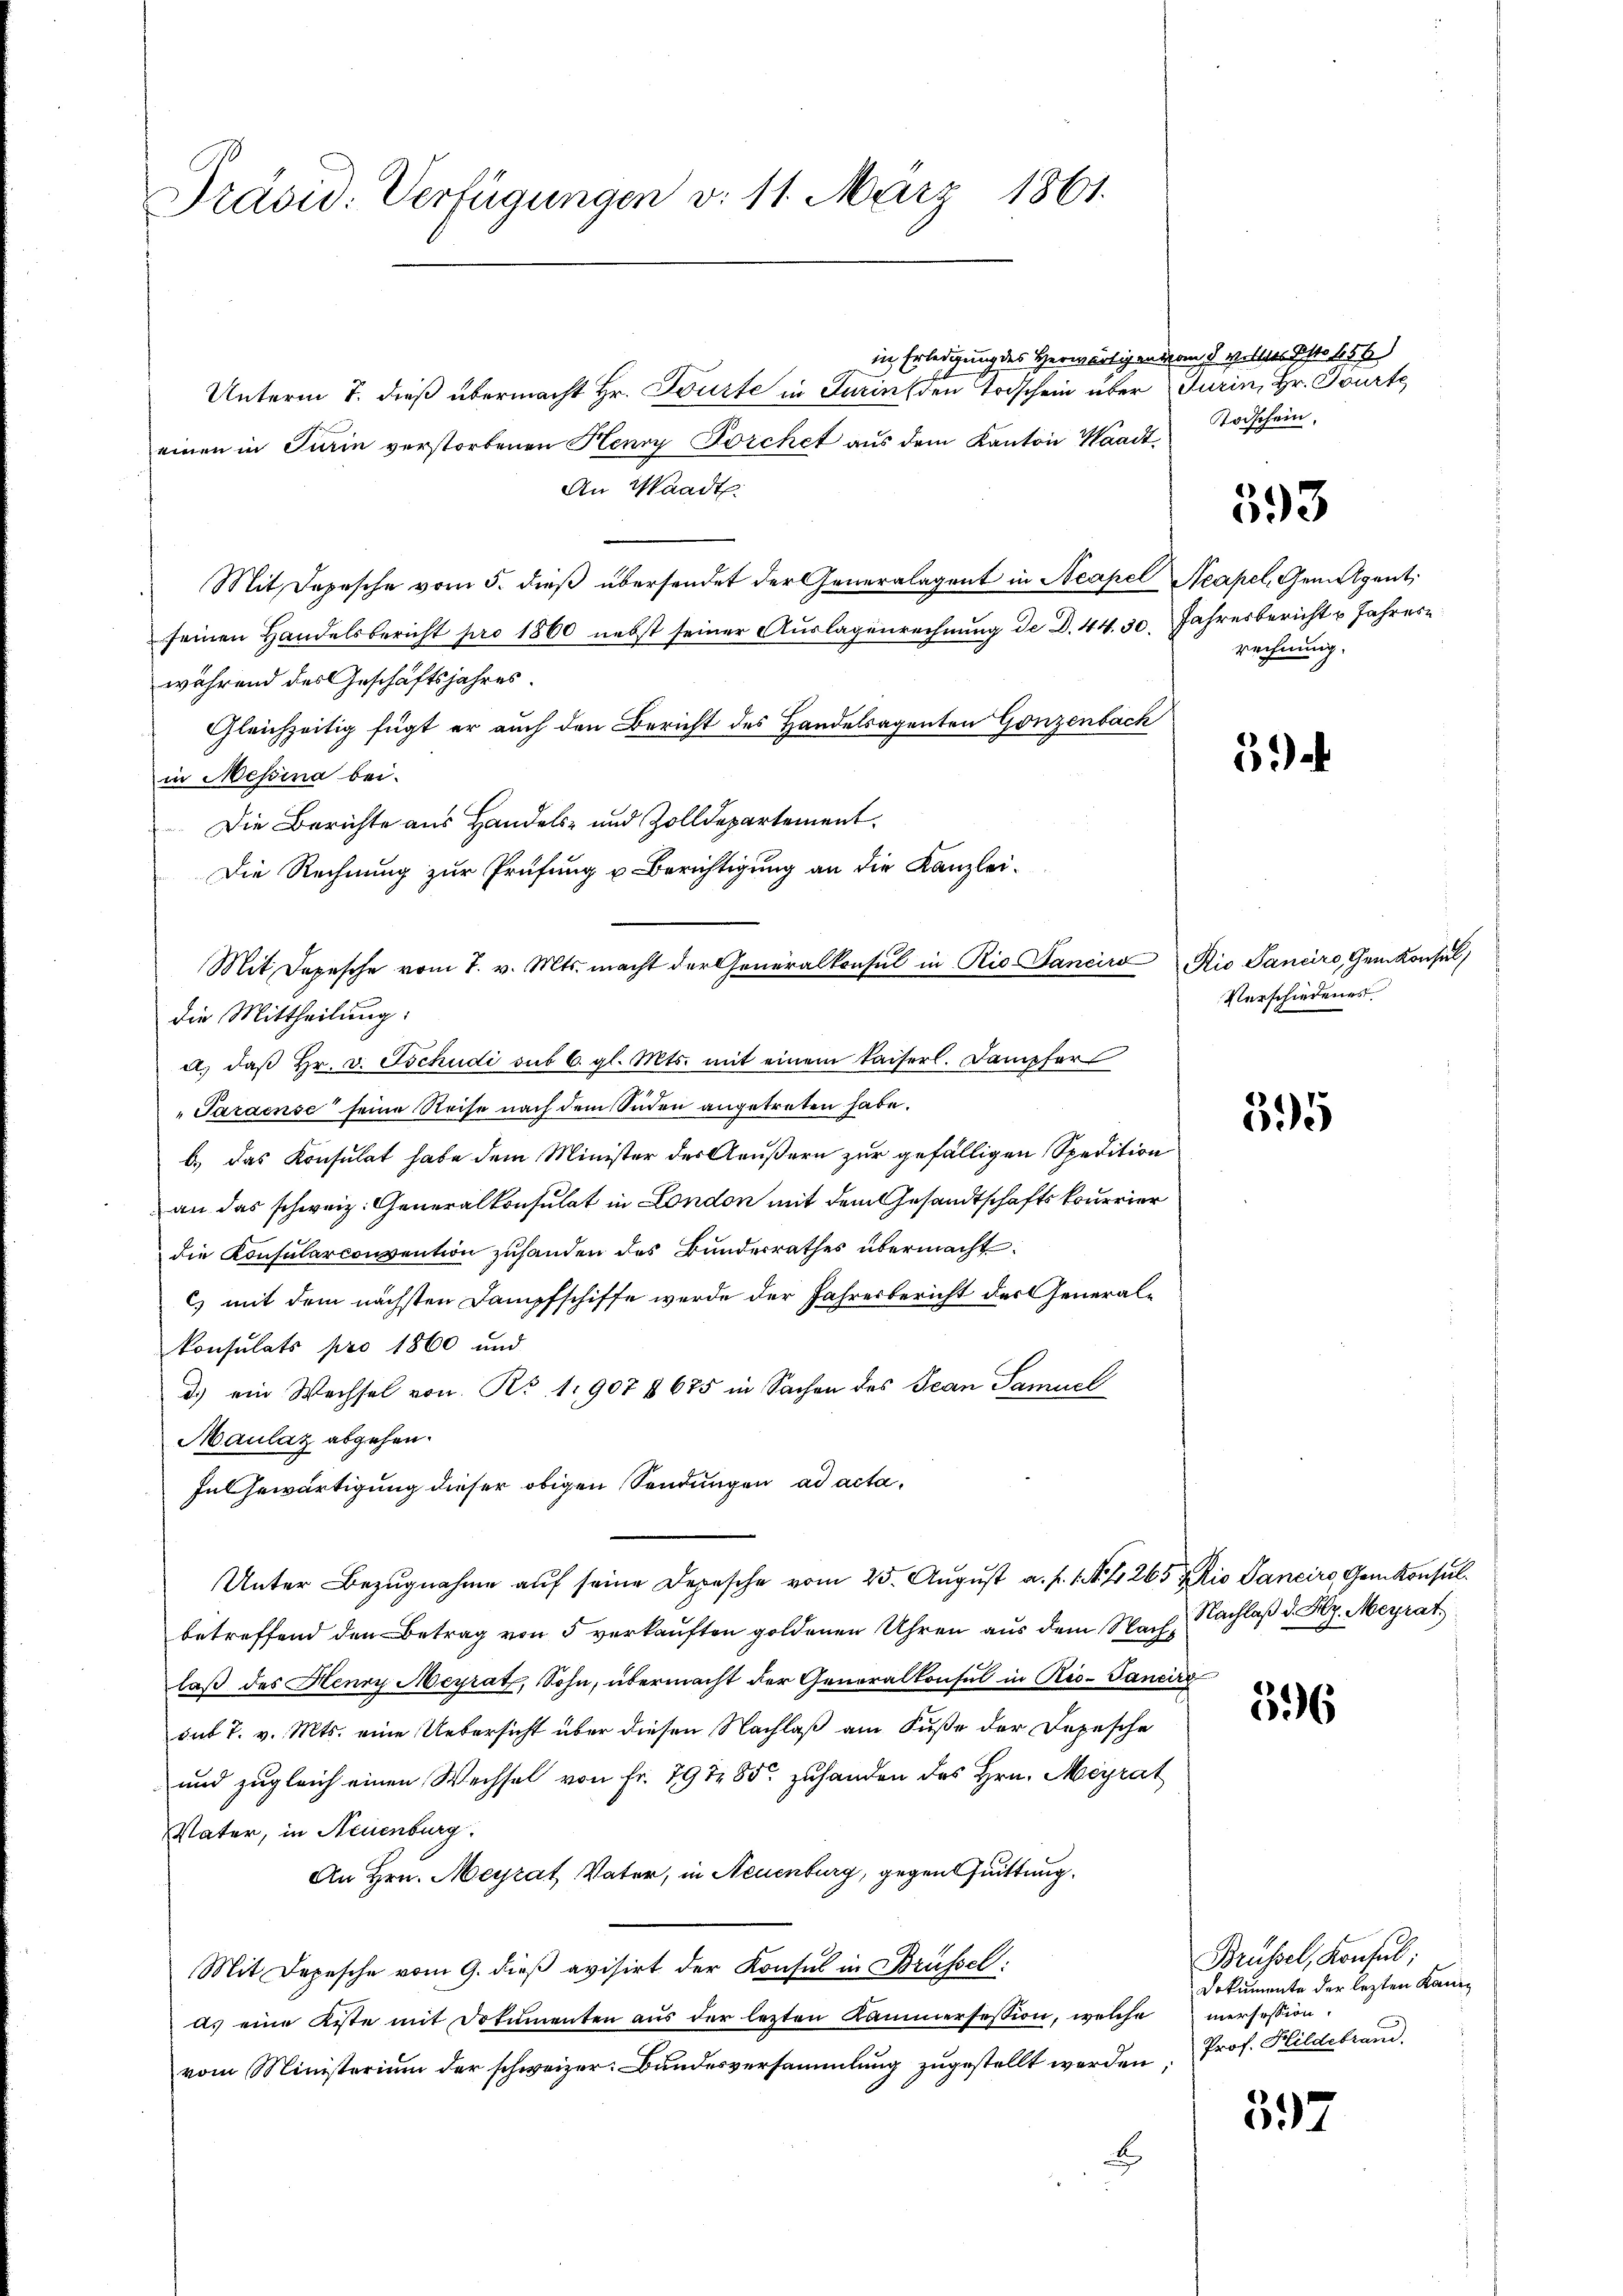
Prävid. Verfügungen v. 11. März 1861.

in Erledigung des Herwärtigen das wolltes Gsto 156
Unterm 7. dieß übermacht Hr. Tourte in Turin den Todschein über Turin, Hr. Tourte
einen in Turin verstorbenen Henry Forchet aus dem Kanton Waadt,
An Waadt
Mit Depesche vom 5. dieβ übersendet der Generalagent in Acapel Neapel, Gemeigent
seinen Handelsbericht pro 1860 nebst seiner Auslagenrechnung de D. 44. 30. Jahresbericht u Jahrere
während des Geschäftsjahres.
Gleichzeitig fügt er auch den Bericht des Handelsagenten Gonzenbach
in Messina bei.
Die Berichte aus Handels- und Zolldepartement
Die Rechnung zur Prüfung u Berichtigung an die Kanzlei¬
Mit Depesche vom 7. v. Mts. macht der Generalkonsul in Rio Sanciro Rio Sancirs, Gemkonsul
die Mittheilung:
a. daß Hr. v. Tschudi sub 6. gl. Mts. mit einem kaiserl. Dampfers
Jaraense seine Reise nach dem Süden angetreten habe.
b.) das Konsulat habe dem Minister des Aeußern zur gefälligen Spedition
an das schweiz. Generalkonsulat in London mit dem Gesandtschaftskourrier
die Konsularconvention zuhanden des Bunderrathes übermacht.
C) mit dem nächsten Dampfschiffe werde der Jahresbericht der Generalkonsulats pro 1860 und
d.) ein Wechsel von Ro 1907 § 675 in Sachen des Jean Samuel
Maulaz abgehen.
Inlewärtigung dieser obigen Sendungen ad acta¬
Unter Bezŭgnahme aŭf seine Depesche vom 25. Aŭgŭst a. f. 1. N. 4 265 Rio Saneiro Genkonsulbetreffend den Betrag von 5 verkauften goldenen Uhren aus dem Nach Nachlaß d. Hy. Meyrat
laß des Henry Meyrat, Sohn, übermacht der Generalkonsul in Rio-Gancirz
sub 7. v. Mts. eine Uebersicht über diesen Nachlaß am Fuße der Depesche
und zugleich einen Wechsel von Fr. 79 te 85 zuhanden des Hrn. Meyrat
Vater, in Neuenburg.
An Hrn. Meyrat Vater, in Neuenburg, gegen Quittung.
Mit Depesche vom 9. dieß avisirt der Konsul in Brüssel:
as eine Kiste mit Dokumenten aus der lezten Kammersession, welche inersession
vom Ministerium der schweizer. Bundesversammlung zugestellt werden;
E

Todschein.

593

rechnung.

3)

Verschiedenes

395

596

397

Brüssel, Konsul
Dokumente der lezten Kanz¬
Prof. Hildebrand.